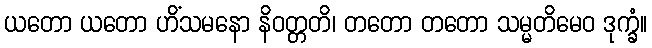
ယတော ယတော ဟိံသမနော နိဝတ္တတိ၊ တတော တတော သမ္မတိမေဝ ဒုက္ခံ။